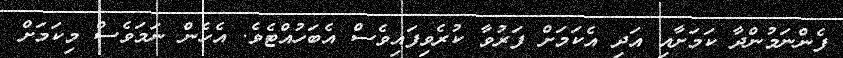
ފެންނަމުންދާ ކަމަށާއި އަދި އެކަމަށް ފަރުވާ ކުރެވިފައިވެސް އެބަހުއްޓެވެ. އެހެން ނަމަވެސް މިކަމަށް